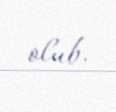
olub.